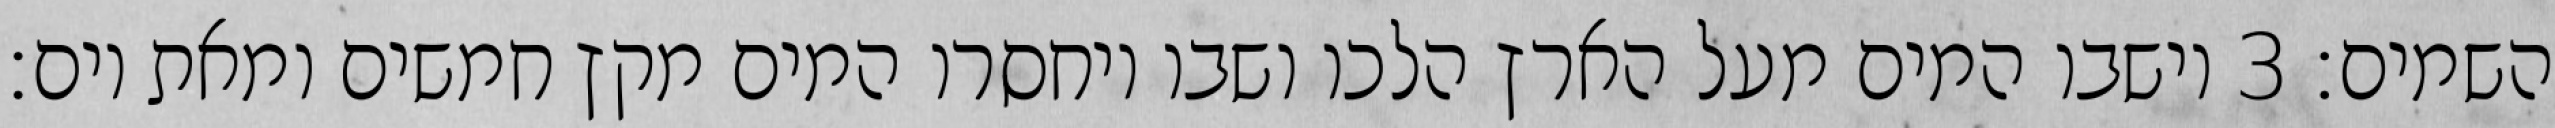
השמים׃ ‎3‏ וישבו המים מעל הארץ הלכו ושבו ויחסרו המים מקץ חמשים ומאת יום׃